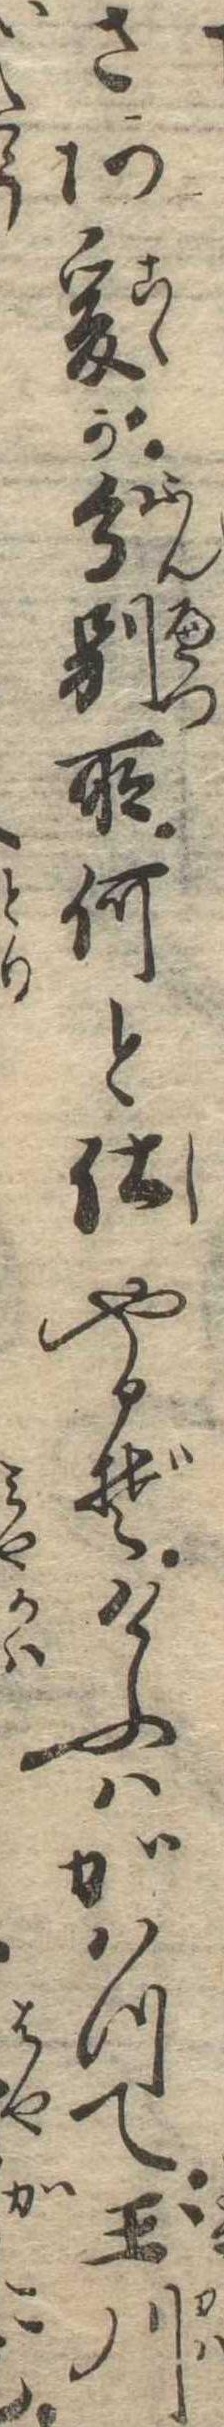
さあ爰が分別所何と仕やるぞけふはかはつて玉川